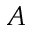
A